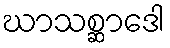
ဃာသစ္ဆာဒေါ